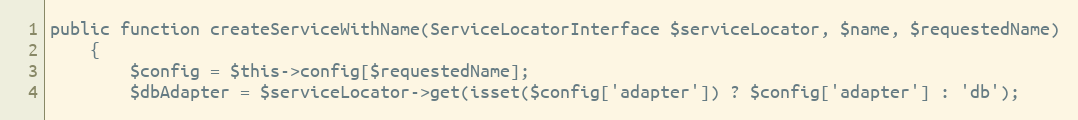
Language: PHP
public function createServiceWithName(ServiceLocatorInterface $serviceLocator, $name, $requestedName)
    {
        $config = $this->config[$requestedName];
        $dbAdapter = $serviceLocator->get(isset($config['adapter']) ? $config['adapter'] : 'db');